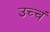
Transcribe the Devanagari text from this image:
उच्चं